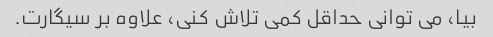
بیا، می توانی حداقل کمی تلاش کنی، علاوه بر سیگارت.